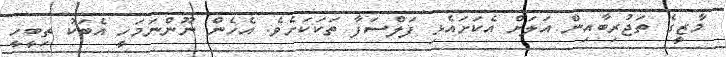
މާޒީގެ ތަޖުރިބާއިން އަލަށް އެކަށައެޅި ފަލްސަފާ ތަކަކަށެވެ. އެހެން ނޫންނަމަހީ އެބަކު ތިބީހީ